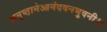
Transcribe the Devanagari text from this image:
अनुष्ठानेआनंदवनभुवनी।।